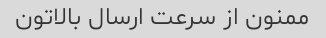
ممنون از سرعت ارسال بالاتون